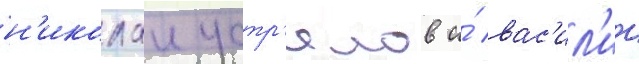
н'иколаи устр'ялов и́ вас'ил'ии